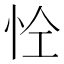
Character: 𢘐